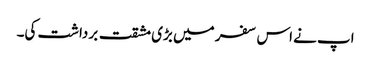
اپ نے اس سفر میں بڑی مشقت برداشت کی۔